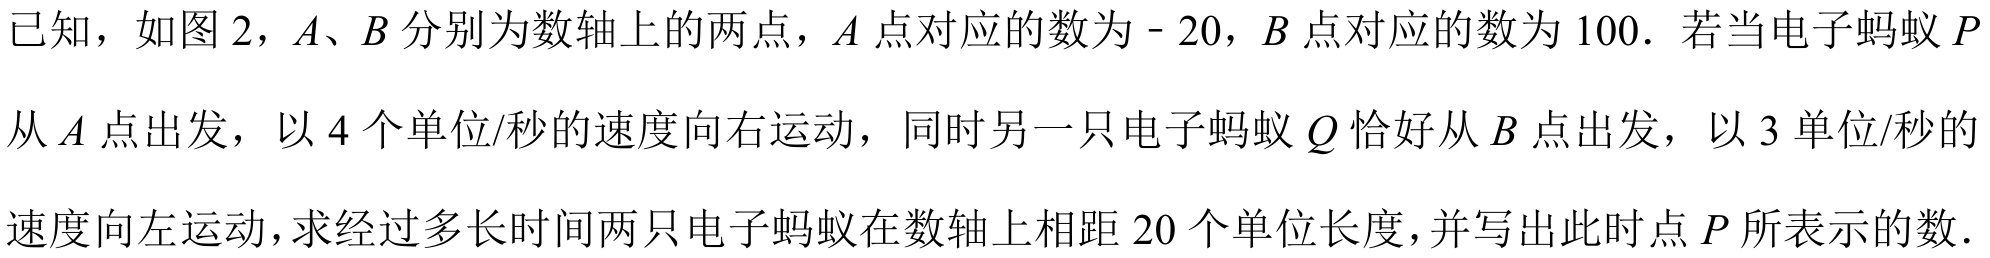
已知，如图2，\(A、B\)分别为数轴上的两点，\(A\)点对应的数为\(- 20\)，\(B\)点对应的数为\(100\). 若当电子蚂蚁\(P\)从\(A\)点出发，以\(4\)个单位/秒的速度向右运动，同时另一只电子蚂蚁\(Q\)恰好从\(B\)点出发，以\(3\)单位/秒的速度向左运动，求经过多长时间两只电子蚂蚁在数轴上相距\(20\)个单位长度，并写出此时点\(P\)所表示的数.